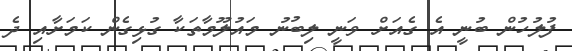
ފުލުހުން ބުނީ އެ ގެއަށް ވަނީ ލިބުނު މައުލޫމާތަކާ ގުޅިގެން ކަމަށާއި ދެ